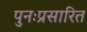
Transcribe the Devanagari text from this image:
पुनःप्रसारित